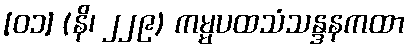
[၀၁] (နိ၊ ၂၂၉) ကမ္မပထသံသန္ဒနကထာ